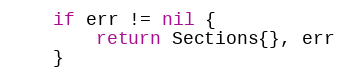
Language: Go
	if err != nil {
		return Sections{}, err
	}